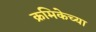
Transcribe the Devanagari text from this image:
क्रमिकेच्या